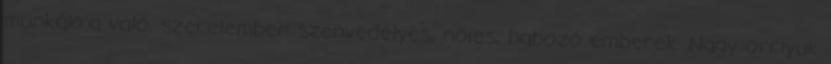
munkákra való, szerelemben szenvedélyes, nőies, habozó emberek. Nagy orrlyuk